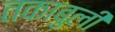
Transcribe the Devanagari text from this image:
तकाबुली